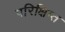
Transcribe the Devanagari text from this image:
परिक्षिप्त